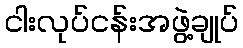
ငါးလုပ်ငန်းအဖွဲ့ချုပ်